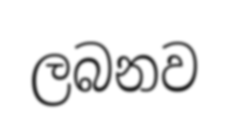
ලබනව